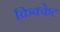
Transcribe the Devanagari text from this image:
क्रिक्केट